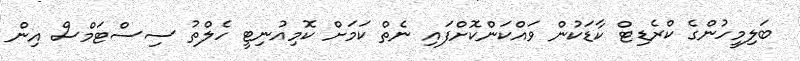
ބަލިމީހުންގެ ކްރެޑިޓް ކާޑަކުން ވައްކަންކޮށްފައި ނެތް ކަމަށް ކޮމިއުނިޓީ ހެލްތު ސިސްޓަމްސް އިން